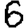
Digit: 6